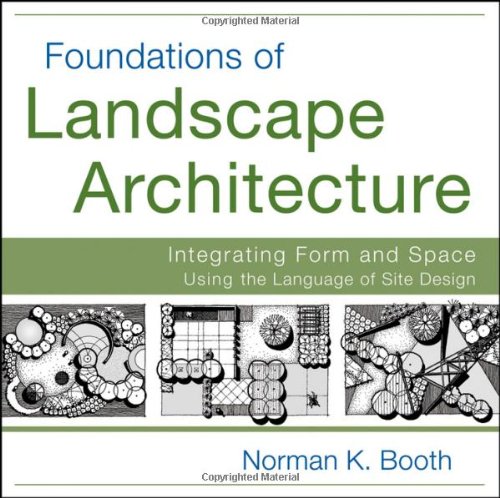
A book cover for Foundations of Landscape Architecture: Integrating Form and Space Using the Language of Site Design; Norman Booth; Arts & Photography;